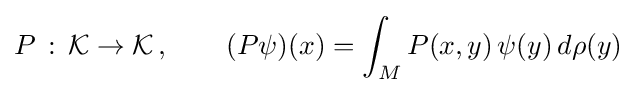
P{\,}:{\,}{\mathcal {K}}\rightarrow {\mathcal {K}}{\,},\qquad (P\psi )(x)=\int _{M}P(x,y)\,\psi (y)\,d\rho (y){\,}